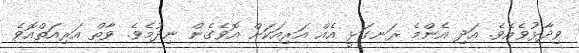
ވިދާޅުވެެއެވެ. އަދި އެންމެ ރަނގަޅީ އެއް އަރިއަކަށް އޮވެގެން ނިދުމެވެ. ވާތް އަރިއަތްއޮވެ